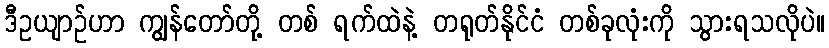
ဒီဥယျာဉ်ဟာ ကျွန်တော်တို့ တစ် ရက်ထဲနဲ့ တရုတ်နိုင်ငံ တစ်ခုလုံးကို သွားရသလိုပဲ။